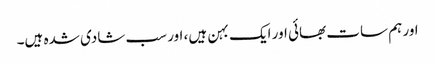
اور ہم سات بھائی اور ایک بہن ہیں، اور سب شادی شدہ ہیں۔